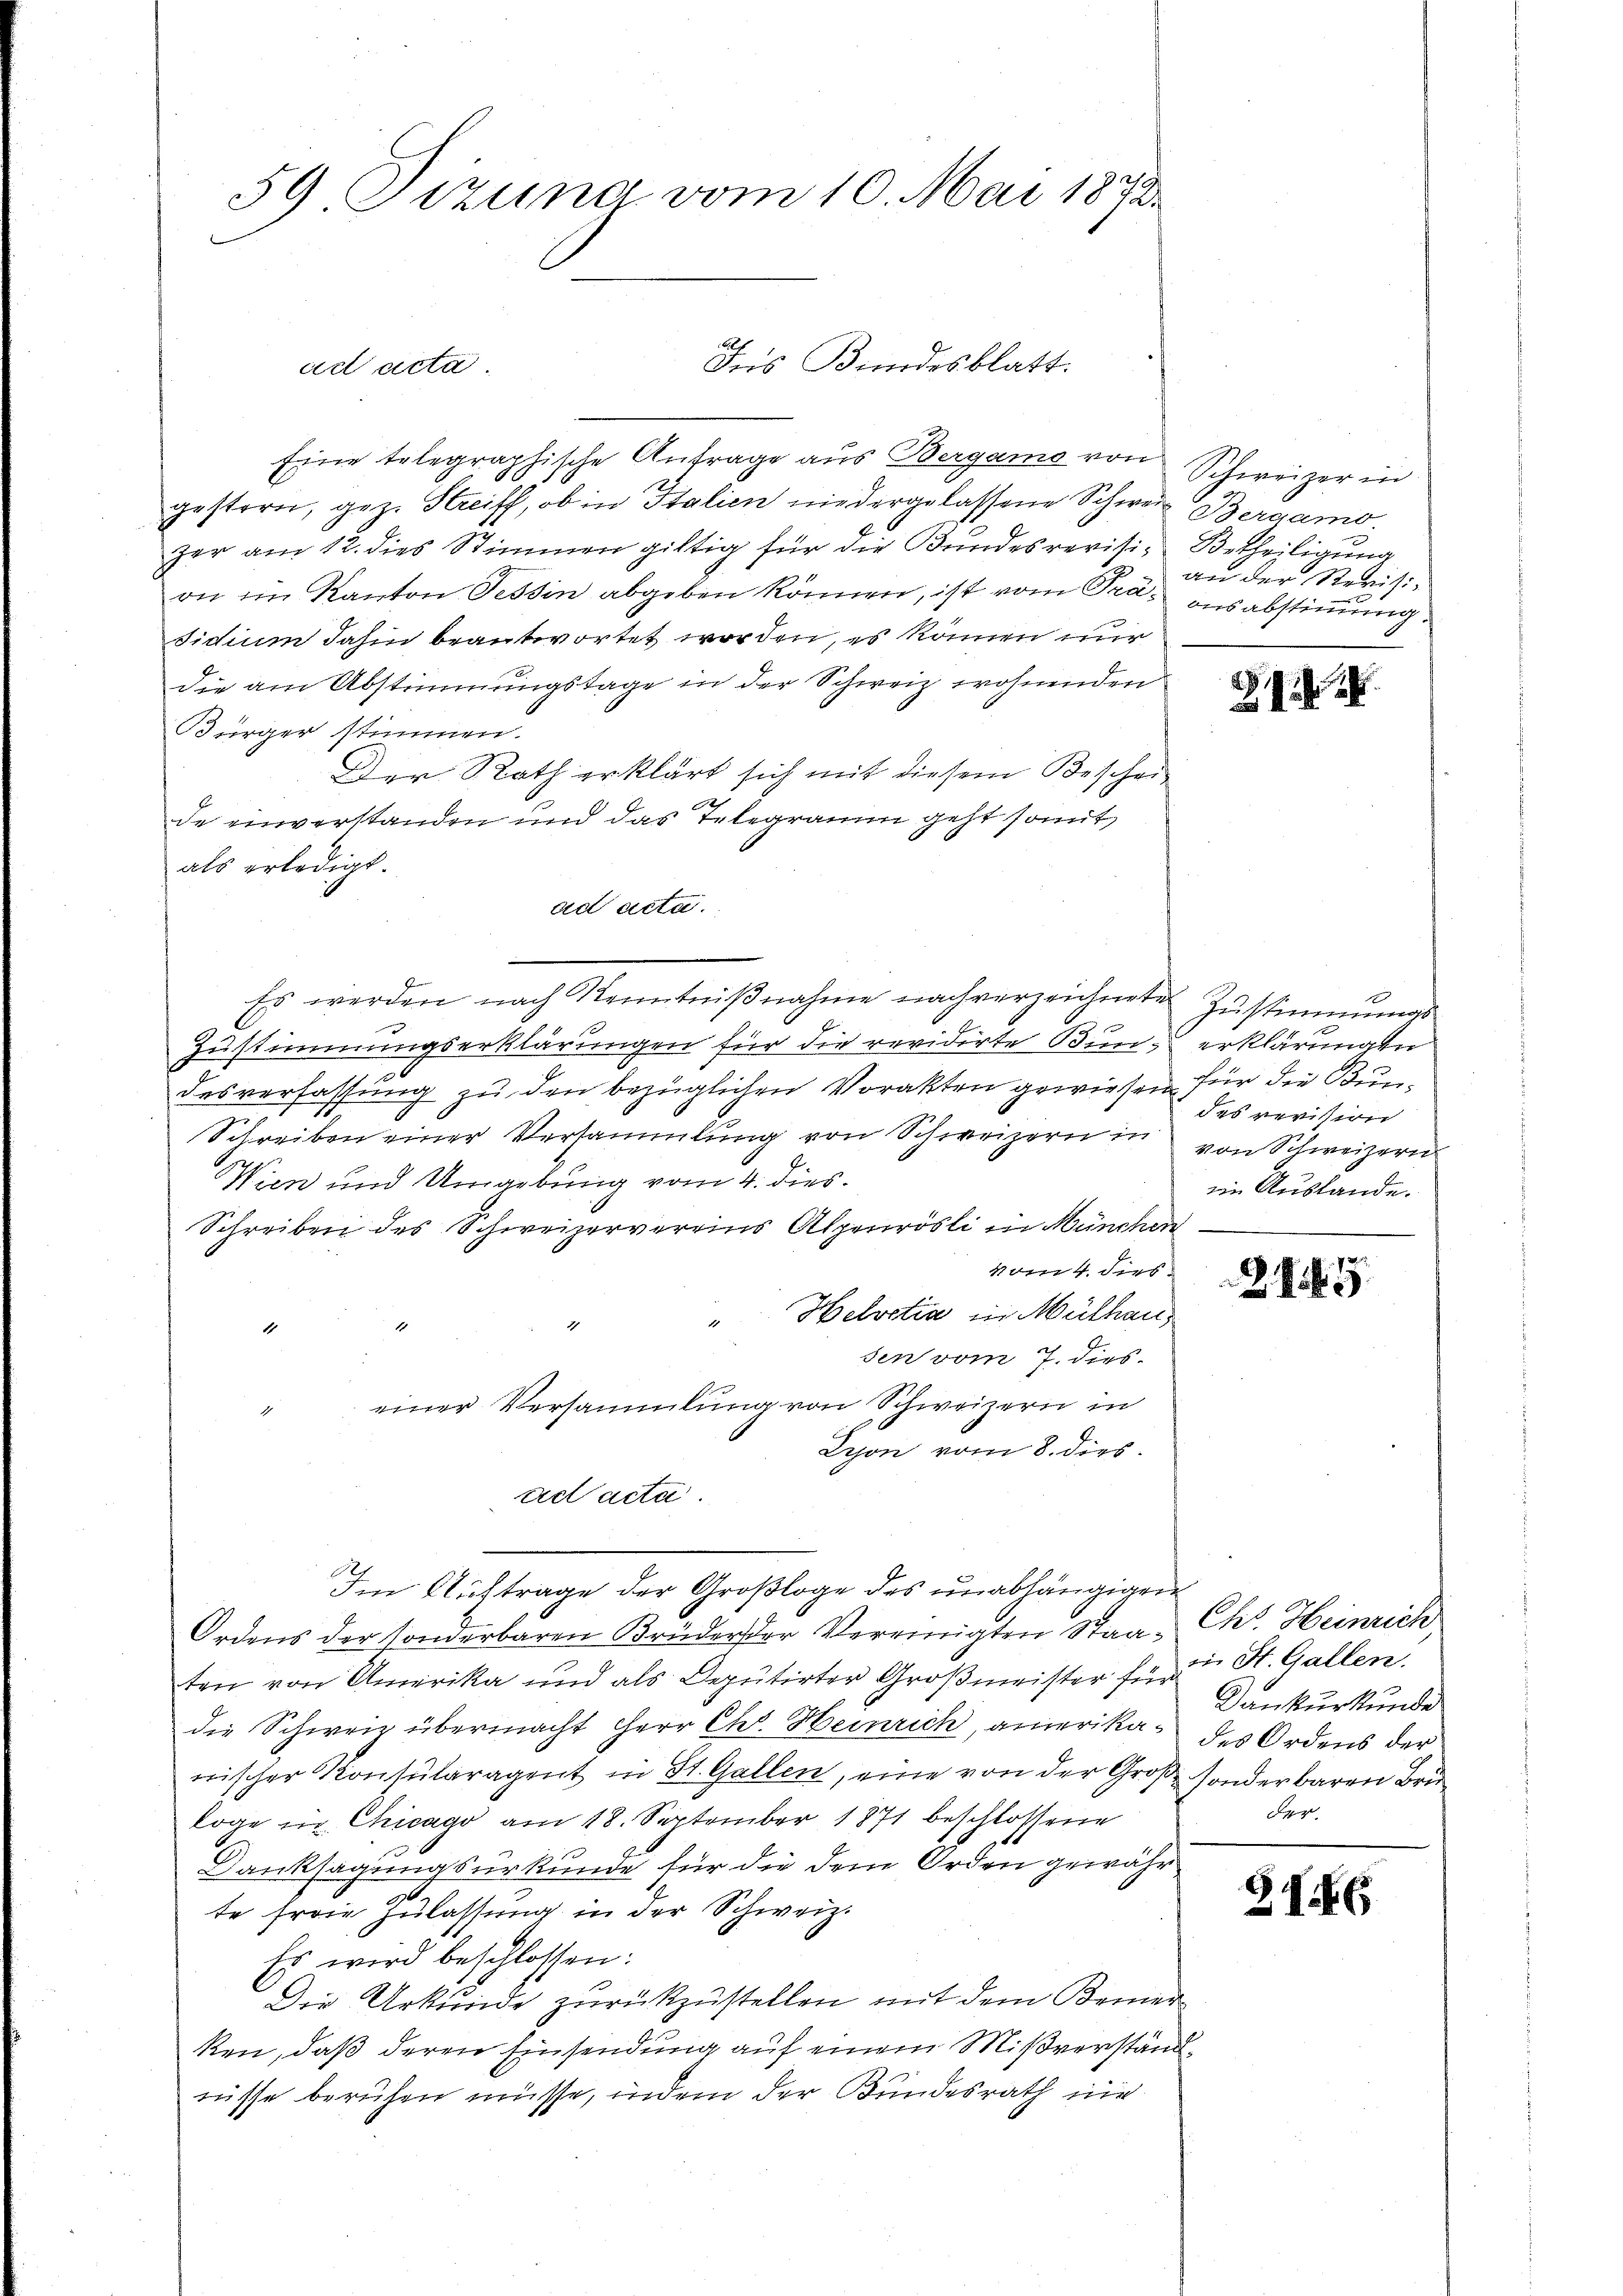
59. Sizung vom 10. Mai 1873.

ad acta.

gestern, gez. Streiff, ob in Italien niedergelassene Schwere Bergamo
zer am 12. dies Stimmen giltig für die Bundesrevisi- Betheiligung
on im Kanton Tessin abgeben können, ist vom Prä- ausabstimmigsidium dahin beantwortet worden, es können nur
die am Abstimmungstage in der Schweiz wohnenden
Bürger stimmen.
Der Rath erklärt sich mit diesem Beschei
e
de einverstanden und das Telegramm geht somit
als erledigt.
ad acta.
Zustimmungserklärungen für die revidirte Bundesverfassung zu den bezüglichen Vorakten gewiesen für die Bun¬
Schreiben einer Versammlung von Schweizern in
Wien und Umgebung vom 4. dies
Schreiben des Schweizervereins Alpenrösli in München
vom 4. dies
"Helvetia in Mülhau
1
sen vom 7. dies
einer Versammlung von Schweizern in
Lyon vom 8. dies
ad acta.
Im Auftrage der Großloge des unabhängigen
Ordens der sonderbaren Brüder der Vereinigten Staa- Ch. Heinrich
ten von Amerika und als Deputirter Großmeister für 2 St. Gallen.
die Schweiz übermacht Herr Chr. Heinrich, amerika des Ordens der
wischer Konsularagent in St. Gallen, eine von der Große sonderbaren Bruloge in Chicago am 18. September 1871 beschlossene
Danksagungsurkunde für die dem Orden gewähr
te freie Zulassung in der Schweiz.
Es wird beschlossen:
Die Urkunde zurückzustellen mit dem Bemer-
ken, daß deren Einsendung auf einem Mißverständrüsse beruhen müsse, indem der Bundesrath nie

Fis Bundesblatt.

Eine telegraphische Anfrage aus Bergamo von Schweizer in

Es werden nach Kenntnißnahme nachverzeichnete Zustimmungs¬

c

an der Revisi¬

9

10
erklärungen
des revision
von Schweizern
iin Auslande.

2

Dankurkunde
der

86